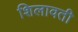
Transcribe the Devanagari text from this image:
शिलावती